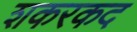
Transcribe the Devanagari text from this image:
शकरकद